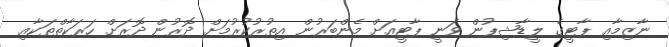
ނާޒިމާއި ޕާޓީގެ ލީޑާޝިޕުން ވަނީ ޕާޓީއަށް މެންބަރުން އިތުރުކުރުމަށް ދޮރުން ދޮރަށް ހަރަކާތްތަކާއި